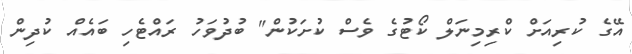
އޭގެ ކުރިއަށް ކްރިމިނަލް ކޯޓުގެ ވެސް ކުށަކުން" ބުދުވަހު ރައްޓެހި ބައެއް ކުދިން